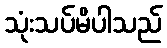
သုံးသပ်မိပါသည်